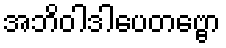
အဘိဝါဒါပေတဗ္ဗော